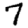
Digit: 7